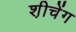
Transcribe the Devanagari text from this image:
श़ीचेंग